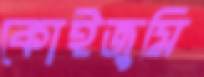
কোইজুমি